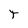
Character: T